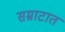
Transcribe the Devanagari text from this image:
सम्राटात